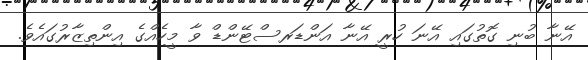
އޭނާ ބުނި ގޮތުގައި އޭނަ ހުރީ އޭނާ އަންޑަރސްޓޭންޑް ވާ މީހެއްގެ އިންތިޒާރުގައެވެ.